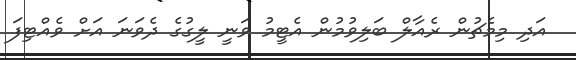
އަދި މިމެޗުން ރެއާލް ބަލިވުމުން އެޓީމު ވަނީ ލީގުގެ ދެވަނަ އަށް ވެއްޓިފަ